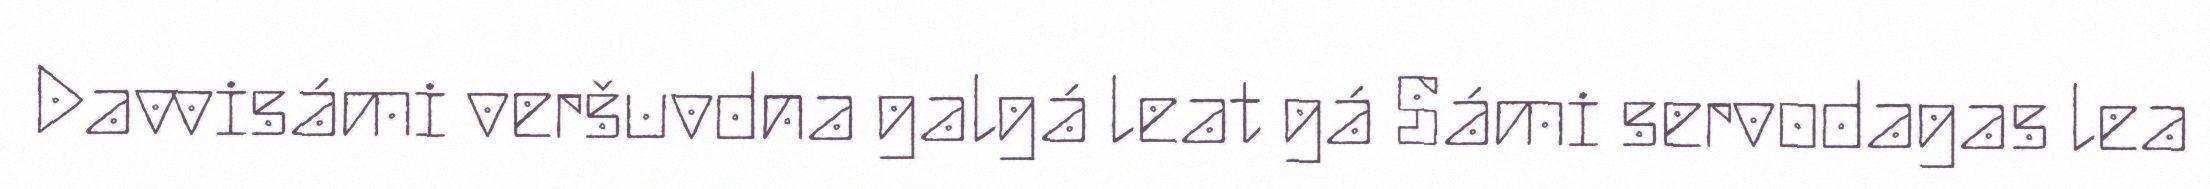
Davvisámi veršuvdna galgá leat gá Sámi servodagas lea